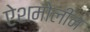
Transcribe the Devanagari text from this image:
ऐशमोलीन